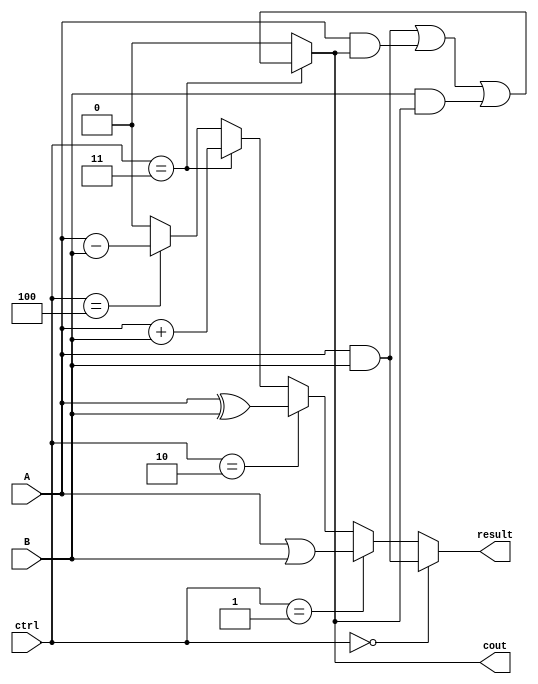
module ALU(
    input wire A,
    input wire B,
    input wire [2:0] ctrl,
    output wire result,
    output wire cout
);

assign result = (ctrl == 3'b000) ? (A & B) : // AND operation
               (ctrl == 3'b001) ? (A | B) : // OR operation
               (ctrl == 3'b010) ? (A ^ B) : // XOR operation
               (ctrl == 3'b011) ? (A + B) : // Addition operation
               (ctrl == 3'b100) ? (A - B) : 1'b0; // Subtraction operation

assign cout = (ctrl == 3'b011) ? ((A & B) | (A & cout) | (B & cout)) : 1'b0; // Carry out for Addition operation

endmodule